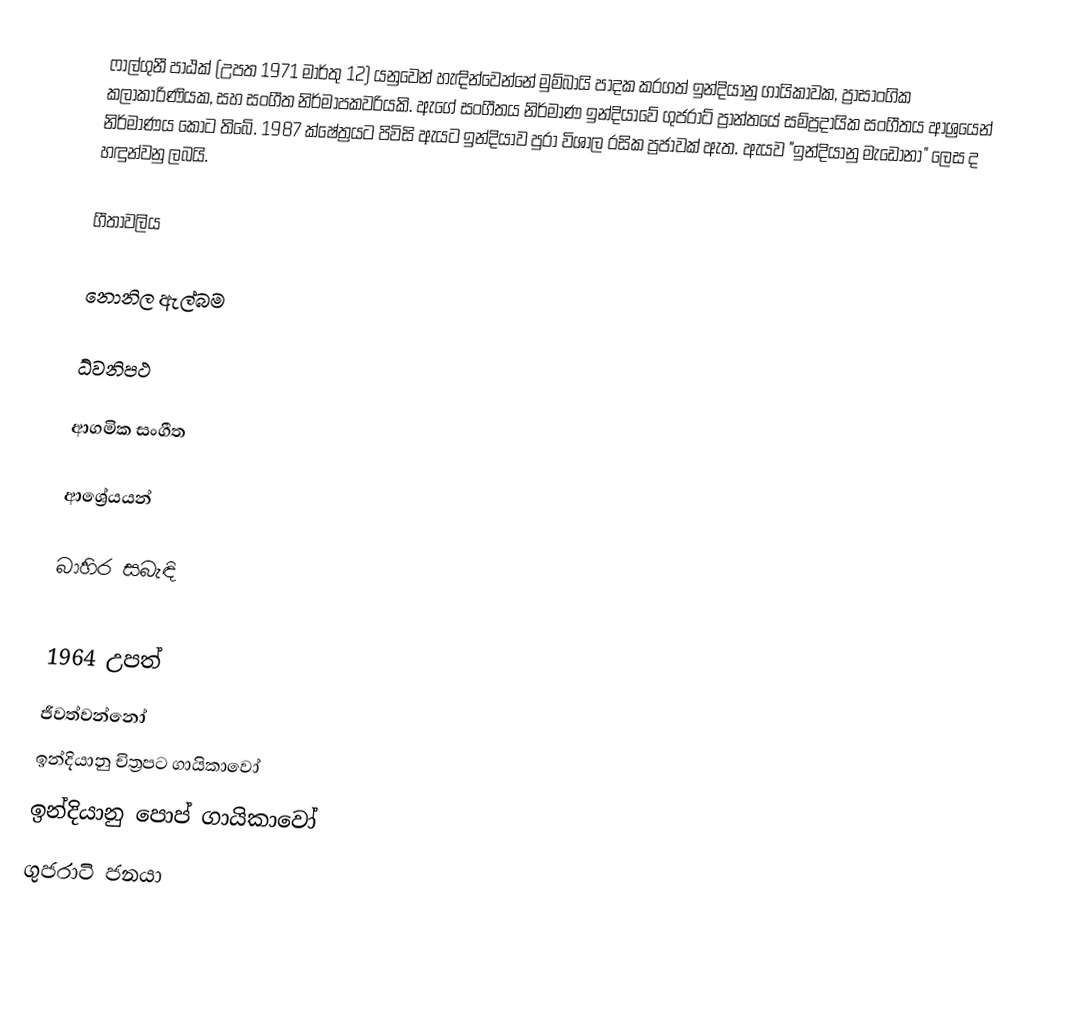
ෆාල්ගුනී පාඨක් (උපත 1971 මාර්තු 12) යනුවෙන් හැඳින්වෙන්නේ මුම්බායි පාදක කරගත් ඉන්දියානු ගායිකාවක, ප්‍රාසාංගික කලාකාරිණියක, සහ සංගීත නිර්මාපකවරියකි. ඇගේ සංගීතය නිර්මාණ ඉන්දියාවේ ගුජරාට් ප්‍රාන්තයේ සම්ප්‍රදායික සංගීතය ආශ්‍රයෙන් නිර්මාණය කොට තිබේ. 1987 ක්ෂේත්‍රයට පිවිසි ඇයට ඉන්දියාව පුරා විශාල රසික ප්‍රජාවක් ඇත. ඇයව "ඉන්දියානු මැඩෝනා" ලෙස ද හඳුන්වනු ලබයි.

ගීතාවලිය

නොනිල ඇල්බම

ධ්වනිපථ

ආගමික සංගීත

ආශ්‍රේයයන්

බාහිර සබැඳි

1964 උපත්
ජීවත්වන්නෝ
ඉන්දියානු චිත්‍රපට ගායිකාවෝ
ඉන්දියානු පොප් ගායිකාවෝ
ගුජරාටි ජනයා